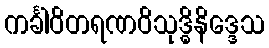
ကင်္ခါဝိတရဏဝိသုဒ္ဓိနိဒ္ဒေသ